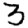
Digit: 3